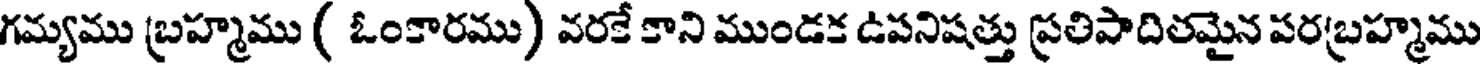
గమ్యము బ్రహ్మము ( ఓంకారము) వరకే కాని ముండక ఉపనిషత్తు ప్రతిపాదితమైన పరబ్రహ్మము